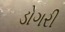
ડોગરી